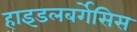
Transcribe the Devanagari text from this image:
हाइडलबर्गेसिस